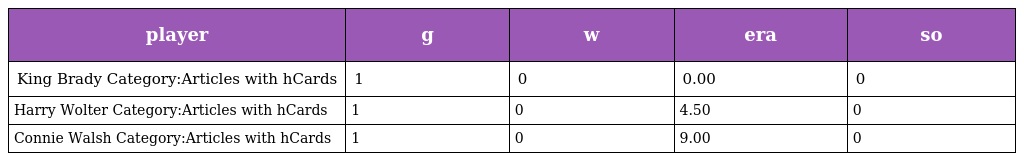
| player | g | w | era | so |
 | --- | --- | --- | --- | --- |
 | King Brady Category:Articles with hCards | 1 | 0 | 0.00 | 0 |
 | Harry Wolter Category:Articles with hCards | 1 | 0 | 4.50 | 0 |
 | Connie Walsh Category:Articles with hCards | 1 | 0 | 9.00 | 0 |